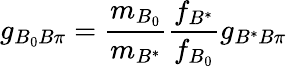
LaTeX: g_{B_{0}B\pi}=\frac{m_{B_{0}}}{m_{B^{*}}}\frac{f_{B^{*}}}{f_{B_{0}}}g_{B^{*}B\pi}